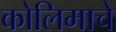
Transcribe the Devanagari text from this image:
कोलिमाचे